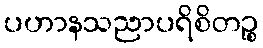
ပဟာနသညာပရိစိတဉ္စ